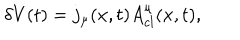
\delta V ( t ) = j _ { \mu } ( x , t ) A _ { c l } ^ { \mu } ( x , t ) ,